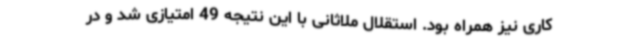
کاری نیز همراه بود. استقلال ملاثانی با این نتیجه 49 امتیازی شد و در